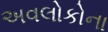
અવલોકોના